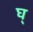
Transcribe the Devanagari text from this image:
घ्‌